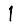
Digit: 1